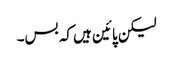
لیکن پائین ہیں کہ بس۔